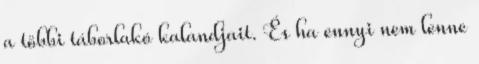
a többi táborlakó kalandjait. És ha ennyi nem lenne